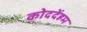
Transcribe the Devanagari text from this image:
कोददेंहम